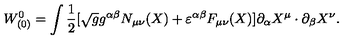
W _ { ( 0 ) } ^ { 0 } = \int \mathrm { \small { \frac 1 2 } } [ \sqrt { g } g ^ { \alpha \beta } N _ { \mu \nu } ( X ) + \varepsilon ^ { \alpha \beta } F _ { \mu \nu } ( X ) ] \partial _ { \alpha } X ^ { \mu } \cdot \partial _ { \beta } X ^ { \nu } .